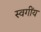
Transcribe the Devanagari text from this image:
स्वगींय